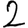
Digit: 2